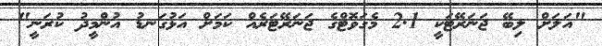
"އަލަށް ލިބޭ ޖަނަރޭޓަކީ 2.1 މެގަވޮޓްގެ ޖަނަރޭޓަރެއް ކަމަށް އަޅުގަނޑު އުންމީދު ކުރަނީ"